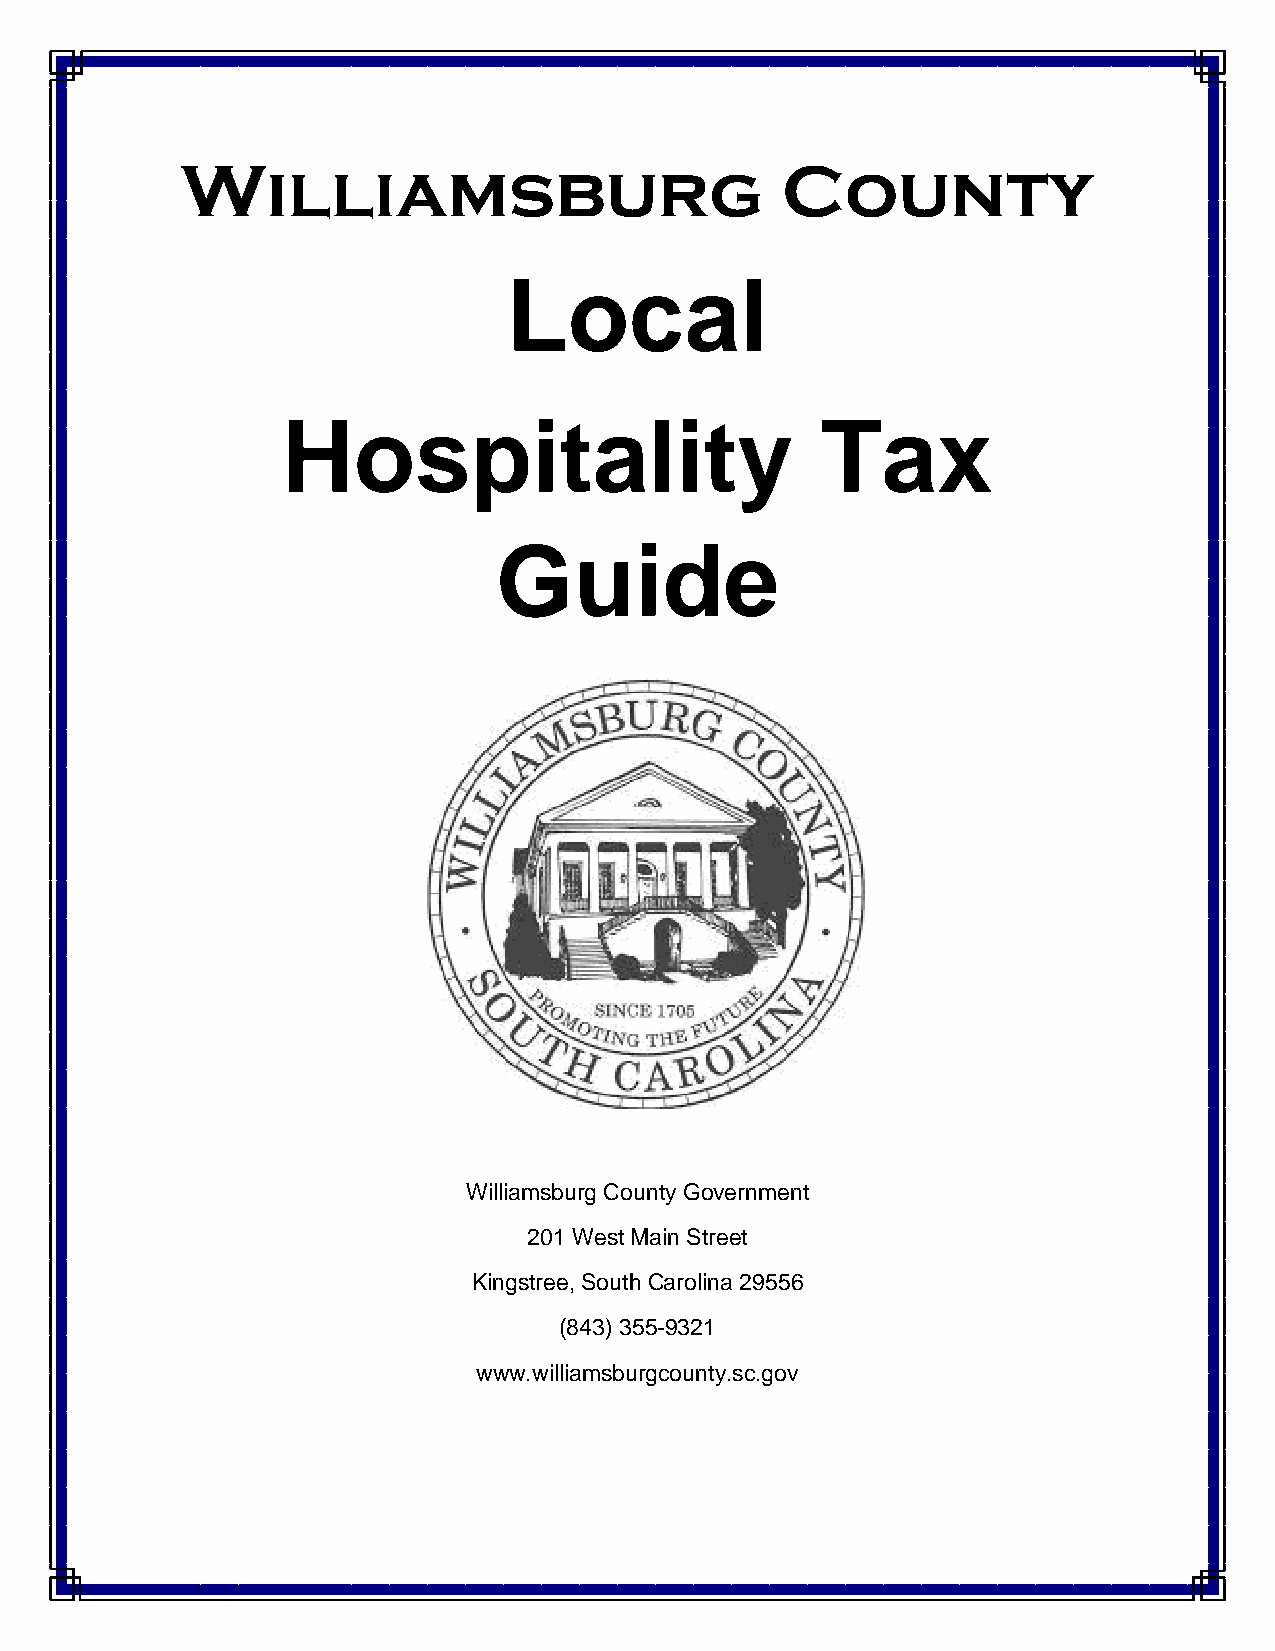
Williamsburg                            County
 Local
 Hospitality                        Tax
 Guide
 Williamsburg County Government
 201 West Main Street
 Kingstree, South Carolina 29556
 (843) 355-9321
 www.williamsburgcounty.sc.gov